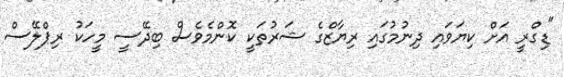
"ޑިގްރީ އަށް ކިޔަވައި ދިނުމުގައި ރިޔާޒްގެ ޝަރުތަކީ ކޮންމެވެސް ބިދޭސީ މީހަކު ރިޕްލޭސް